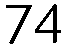
74